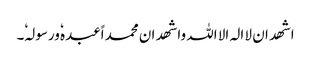
اشھد ان لا الہ الا اللہ واشھد ان محمد اًعبدہٗ ورسولہٗ۔